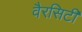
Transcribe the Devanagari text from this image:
वैरसिटी